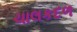
ચાલકદળ